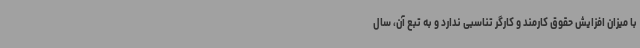
با میزان افزایش حقوق کارمند و کارگر تناسبی ندارد و به تبع آن، سال